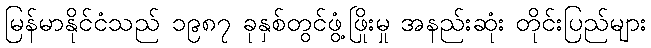
မြန်မာနိုင်ငံသည် ၁၉၈၇ ခုနှစ်တွင်ဖွံ့ဖြိုးမှု အနည်းဆုံး တိုင်းပြည်များ